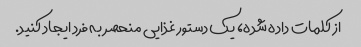
از کلمات داده شده، یک دستور غذایی منحصر به فرد ایجاد کنید.